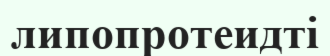
липопротеидті